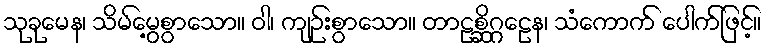
သုခုမေန၊ သိမ်မွေ့စွာသော။ ဝါ၊ ကျဉ်းစွာသော။ တာဠစ္ဆိဂ္ဂဠေန၊ သံကောက် ပေါက်ဖြင့်။